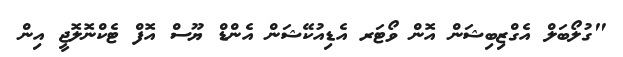
"ގުލޯބަލް އެގްޒިބިޝަން އޮން ވޯޓަރ އެޑިއުކޭޝަން އެންޑް ޔޫސް އޮފް ޓެކްނޮލޮޖީ އިން